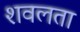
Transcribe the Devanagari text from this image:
शवलता